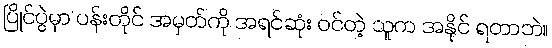
ပြိုင်ပွဲမှာ ပန်းတိုင် အမှတ်ကို အရင်ဆုံး ဝင်တဲ့ သူက အနိုင် ရတာဘဲ။